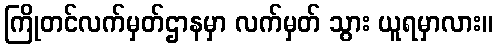
ကြိုတင်လက်မှတ်ဌာနမှာ လက်မှတ် သွား ယူရမှာလား။